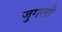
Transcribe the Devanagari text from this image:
जुगली